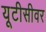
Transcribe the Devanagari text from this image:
यूटीसीवर